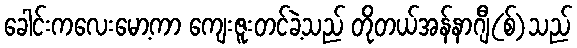
ခေါင်းကလေးမော့ကာ ကျေးဇူးတင်ခဲ့သည် တိုတယ်အန်နာဂျီ(စ်)သည်